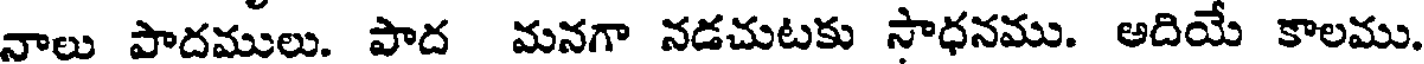
నాలు పాదములు. పాద మనగా నడచుటకు సాధనము. అదియే కాలము.